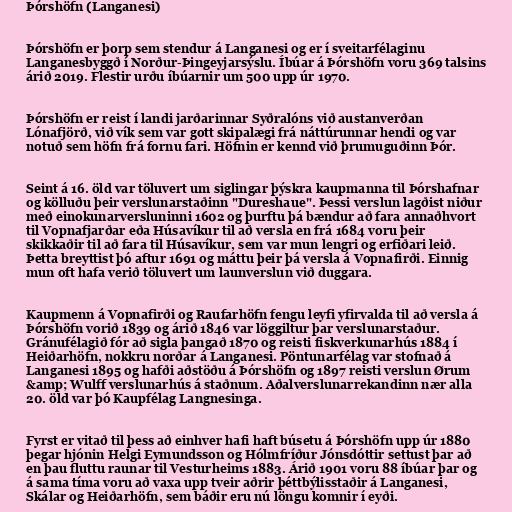
Þórshöfn (Langanesi)

Þórshöfn er þorp sem stendur á Langanesi og er í sveitarfélaginu
Langanesbyggð í Norður-Þingeyjarsýslu. Íbúar á Þórshöfn voru 369 talsins
árið 2019. Flestir urðu íbúarnir um 500 upp úr 1970.

Þórshöfn er reist í landi jarðarinnar Syðralóns við austanverðan
Lónafjörð, við vík sem var gott skipalægi frá náttúrunnar hendi og var
notuð sem höfn frá fornu fari. Höfnin er kennd við þrumuguðinn Þór.

Seint á 16. öld var töluvert um siglingar þýskra kaupmanna til Þórshafnar
og kölluðu þeir verslunarstaðinn "Dureshaue". Þessi verslun lagðist niður
með einokunarversluninni 1602 og þurftu þá bændur að fara annaðhvort
til Vopnafjarðar eða Húsavíkur til að versla en frá 1684 voru þeir
skikkaðir til að fara til Húsavíkur, sem var mun lengri og erfiðari leið.
Þetta breyttist þó aftur 1691 og máttu þeir þá versla á Vopnafirði. Einnig
mun oft hafa verið töluvert um launverslun við duggara.

Kaupmenn á Vopnafirði og Raufarhöfn fengu leyfi yfirvalda til að versla á
Þórshöfn vorið 1839 og árið 1846 var löggiltur þar verslunarstaður.
Gránufélagið fór að sigla þangað 1870 og reisti fiskverkunarhús 1884 í
Heiðarhöfn, nokkru norðar á Langanesi. Pöntunarfélag var stofnað á
Langanesi 1895 og hafði aðstöðu á Þórshöfn og 1897 reisti verslun Ørum
&amp; Wulff verslunarhús á staðnum. Aðalverslunarrekandinn nær alla
20. öld var þó Kaupfélag Langnesinga.

Fyrst er vitað til þess að einhver hafi haft búsetu á Þórshöfn upp úr 1880
þegar hjónin Helgi Eymundsson og Hólmfríður Jónsdóttir settust þar að
en þau fluttu raunar til Vesturheims 1883. Árið 1901 voru 88 íbúar þar og
á sama tíma voru að vaxa upp tveir aðrir þéttbýlisstaðir á Langanesi,
Skálar og Heiðarhöfn, sem báðir eru nú löngu komnir í eyði.